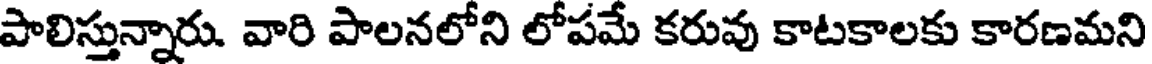
పాలిస్తున్నారు. వారి పాలనలోని లోపమే కరువు కాటకాలకు కారణమని